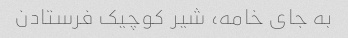
به جای خامه، شیر کوچیک فرستادن